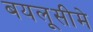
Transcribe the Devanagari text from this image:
बयलूसीमे